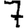
Digit: 7